Medical and sanitary report of the native army of Bengal for the year
Year: 1877
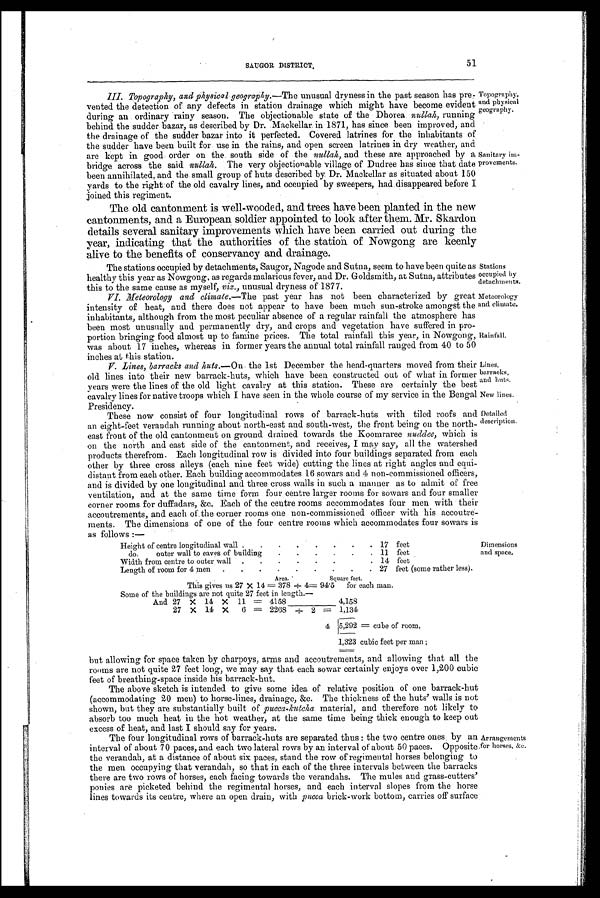
Stations
occupied by
detachments.
Meteorology
and climate.
Lines,
barracks,
and huts.
New lines.
Detailed
description.
51
SAUGOR DISTRICT.
III. Topography, and physical geography .—The unusual dryness in the past season has pre
-vented the detection of any defects in station drainage which might have become evident
during an ordinary rainy season. The objectionable state of the Dhorea nullah, running
behind the sudder bazar, as described by Dr. Mackellar. in 1871, has since been improved, and
the drainage of the sudder bazar into it perfected. Covered latrines for the inhabitants of
the sudder have been built for use in the rains, and open screen latrines in dry weather, and
are kept in good order on the south side of the nullah, and these are approached by a
bridge across the said nullah. The very objectionable village of Dudree has since that date
been annihilated, and the small group of huts described by Dr. Mackellar as situated about 150
yards to the right of the old cavalry lines, and occupied by sweepers, had disappeared before I
joined this regiment.
The old cantonment is well-wooded, and trees, have been planted in the new
cantonments, and a European soldier appointed to look after them. Mr. Skardon
details several sanitary improvements which have been carried out during the
year, indicating that the authorities of the station of Nowgong are keenly
alive to the benefits of conservancy and drainage.
Topography,
and physical
geography.
Sanitary im
-provements.
The stations occupied by detachments, Saugor, Nagode and Sutna, seem to have been quite as
healthy this year as Nowgong, as regards malarious fever, and Dr. Goldsmith, at Sutna, attributes
this to the same cause as myself, viz., unusual dryness of 1877.
VI. Meteorology and climate .—The past year has not been characterized by great
intensity of heat, and there does not appear to have been much sun-stroke amongst the
inhabitants, although from the most peculiar absence of a regular rainfall the atmosphere has
been most unusually and permanently dry, and crops and vegetation have suffered in pro
-portion bringing food almost up to famine prices. The total rainfall this year, in Nowgong,
was about 17 inches, whereas in former years the annual total rainfall ranged from 40 to 50
inches at this station.
Rainfall.
V. Lines, barracks and huts .—On the 1st December the head-quarters moved from their
old lines into their new barrack-huts, which have been constructed out of what in former
years were the lines of the old light cavalry at this station. These are certainly the best
cavalry lines for native troops which I have seen in the whole course of my service in the Bengal
P r e s i d e n c y .
These now consist of four longitudinal rows of barrack-huts with tiled roofs and
an eight-feet verandah running about north-east and south-west, the front being on the north
-east front of the old cantonment on ground drained towards the Koomraree nuddee, which is
on the north and east side of the cantonment, and receives, I may say, all the watershed
products therefrom. Each longitudinal row is divided into four buildings separated from each
other by three cross alleys (each nine feet wide) cutting the lines at right angles and equi
-distant from each other. Each building accommodates 16 sowars and 4 non-commissioned officers,
and is divided by one longitudinal and three cross walls in such a manner as to admit of free
ventilation, and at the same time form four centre larger rooms for sowars and four smaller
corner rooms for duffadars, &c. Each of the centre rooms accommodates four men with their
accoutrements, and each of the corner rooms one non-commissioned officer with his accoutre
-ments. The dimensions of one of the four centre rooms which accommodates four sowars is as follows:—
Height of centre longitudinal wall . . . 17 feet
do.
outer wall to eaves of building . . . 11 feet
Width from centre to outer wall . . . 14 feet
Length of room for 4 men . . . 27 feet (some rather less).
Area.
Square feet.
This gives us 27 × 14 = 378 /4=94.5 for each man.
Some of the buildings are not quite 27 feet in length.—
And 27 × 14 × 11= 4158
4,158
27 × 14 × 6 = 2268/2 = 1,134
4 5,292 = cube of room,
1,323 cubic feet per man;
Dimensions
and space.
but allowing for space taken by charpoys, arms and accoutrements, and allowing that all the
rooms are not quite 27 feet long, we may say that each sowar certainly enjoys over 1,200 cubic
feet of breathing-space inside his barrack-hut.
The above sketch is intended to give some idea of relative position of one barrack-hut
(accommodating 20 men) to horse-lines, drainage, &c. The thickness of the huts' walls is not
shown, but they are substantially built of pucca-kutcha material, and therefore not likely to
absorb too much heat in the hot weather, at the same time being thick enough to keep out
excess of heat, and last I should say for years.
The four longitudinal rows of barrack-huts are separated thus : the two centre ones by an
interval of about 70 paces, and each two lateral rows by an interval of about 50 paces. Opposite
the verandah, at a distance of about six paces, stand the row of regimental horses belonging to
the men occupying that verandah, so that in each of the three intervals between the barracks
there are two rows of horses, each facing towards the verandahs. The mules and grass-cutters'
ponies are picketed behind the regimental horses, and each interval slopes from the horse
lines towards its centre, where an open drain, with pucca brick-work bottom, carries off surface
Arrangements
for horses, &c.